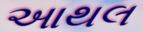
આથલ